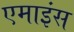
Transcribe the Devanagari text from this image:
एमाइंस